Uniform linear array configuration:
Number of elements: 4
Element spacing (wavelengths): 0.75
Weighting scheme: cosine
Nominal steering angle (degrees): -30
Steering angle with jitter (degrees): -30.029
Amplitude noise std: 0.05
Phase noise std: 0.05

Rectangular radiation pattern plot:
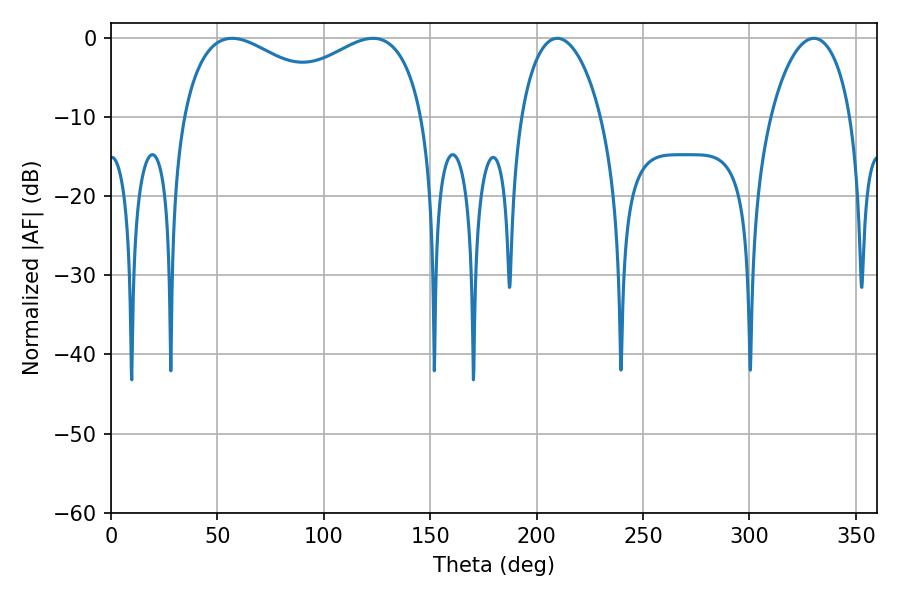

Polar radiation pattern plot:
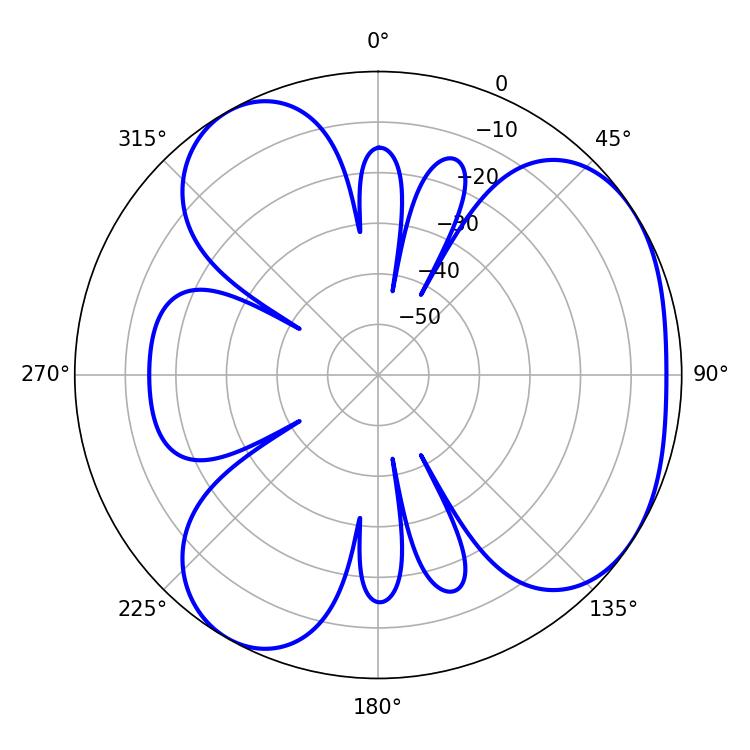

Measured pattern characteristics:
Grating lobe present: TRUE
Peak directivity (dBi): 4.363
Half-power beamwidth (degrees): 45.72
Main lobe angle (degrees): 56.88